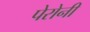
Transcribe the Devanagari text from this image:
पेरोनी